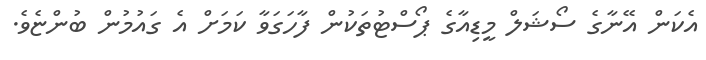
އެކަން އޭނާގެ ސޯޝަލް މީޑިއާގެ ޕޯސްޓުތަކުން ފާހަގަވާ ކަމަށް އެ ގައުމުން ބުންޏެވެ.